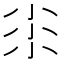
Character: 𡭯